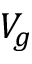
V _ { g }